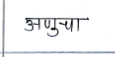
मजकूर: अणुचा